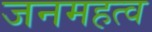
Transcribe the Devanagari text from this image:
जनमहत्व